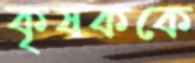
কৃষককে